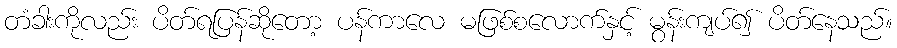
တံခါးကိုလည်း ပိတ်ရပြန်ဆိုတော့ ပန်ကာလေ မဖြစ်စလောက်နှင့် မွန်းကျပ်၍ ပိတ်နေသည်။